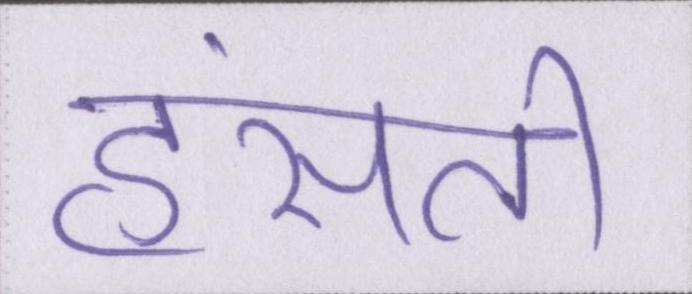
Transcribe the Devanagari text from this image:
हंसती